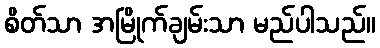
စိတ်သာ အမြိုက်ချမ်းသာ မည်ပါသည်။